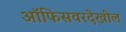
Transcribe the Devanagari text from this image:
ऑफिसवरदेखील